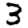
Digit: 3